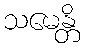
သမေန္တိ